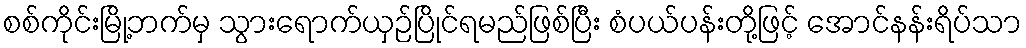
စစ်ကိုင်းမြို့ဘက်မှ သွားရောက်ယှဉ်ပြိုင်ရမည်ဖြစ်ပြီး စံပယ်ပန်းတို့ဖြင့် အောင်နန်းရိပ်သာ